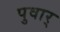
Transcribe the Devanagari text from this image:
पुवार्